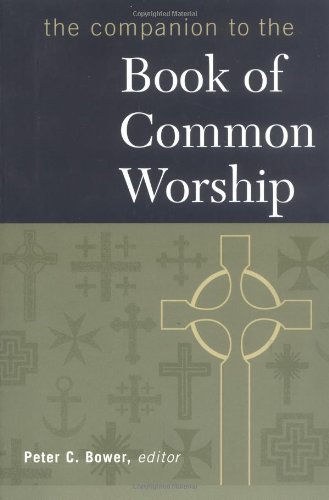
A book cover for The Companion to the Book of Common Worship; Christian Books & Bibles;